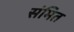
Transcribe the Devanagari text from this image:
संमित